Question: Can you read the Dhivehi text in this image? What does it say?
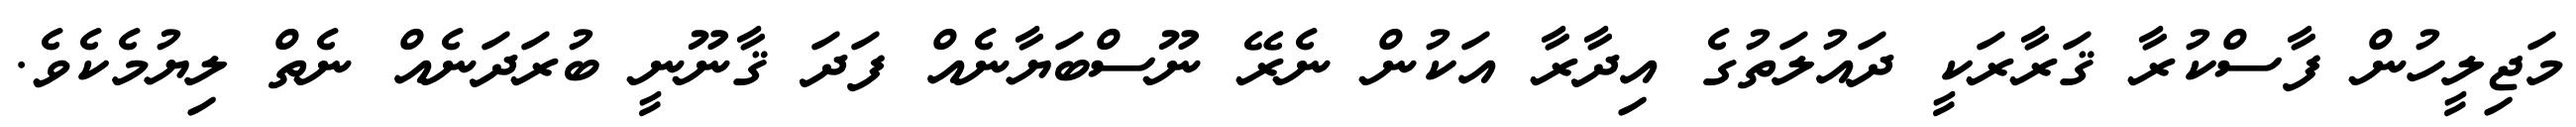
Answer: މަޖިލީހުން ފާސްކުރާ ޤަރާރަކީ ދައުލަތުގެ އިދާރާ އަކުން ނެރޭ ނޫސްބަޔާނެއް ފަދަ ޤާނޫނީ ބުރަދަނެއް ނެތް ލިޔުމެކެވެ.